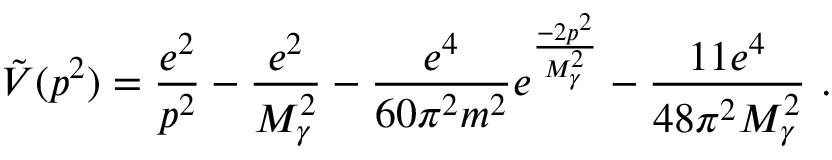
\tilde { V } ( p ^ { 2 } ) = \frac { e ^ { 2 } } { p ^ { 2 } } - \frac { e ^ { 2 } } { M _ { \gamma } ^ { 2 } } - \frac { e ^ { 4 } } { 6 0 \pi ^ { 2 } m ^ { 2 } } e ^ { \frac { - 2 p ^ { 2 } } { M _ { \gamma } ^ { 2 } } } - \frac { 1 1 e ^ { 4 } } { 4 8 \pi ^ { 2 } M _ { \gamma } ^ { 2 } } \ .